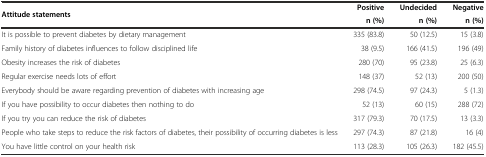
<table><thead><tr><td rowspan="2"><b>Attitude statements</b></td><td><b>Positive</b></td><td><b>Undecided</b></td><td><b>Negative</b></td></tr><tr><td><b>n (%)</b></td><td><b>n (%)</b></td><td><b>n (%)</b></td></tr></thead><tbody><tr><td>It is possible to prevent diabetes by dietary management</td><td>335 (83.8)</td><td>50 (12.5)</td><td>15 (3.8)</td></tr><tr><td>Family history of diabetes influences to follow disciplined life</td><td>38 (9.5)</td><td>166 (41.5)</td><td>196 (49)</td></tr><tr><td>Obesity increases the risk of diabetes</td><td>280 (70)</td><td>95 (23.8)</td><td>25 (6.3)</td></tr><tr><td>Regular exercise needs lots of effort</td><td>148 (37)</td><td>52 (13)</td><td>200 (50)</td></tr><tr><td>Everybody should be aware regarding prevention of diabetes with increasing age</td><td>298 (74.5)</td><td>97 (24.3)</td><td>5 (1.3)</td></tr><tr><td>If you have possibility to occur diabetes then nothing to do</td><td>52 (13)</td><td>60 (15)</td><td>288 (72)</td></tr><tr><td>If you try you can reduce the risk of diabetes</td><td>317 (79.3)</td><td>70 (17.5)</td><td>13 (3.3)</td></tr><tr><td>People who take steps to reduce the risk factors of diabetes, their possibility of occurring diabetes is less</td><td>297 (74.3)</td><td>87 (21.8)</td><td>16 (4)</td></tr><tr><td>You have little control on your health risk</td><td>113 (28.3)</td><td>105 (26.3)</td><td>182 (45.5)</td></tr></tbody></table>